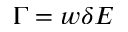
\Gamma = w \delta E